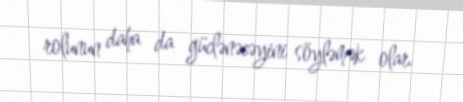
rolunun daha da güclənəcəyini söyləmək olar.